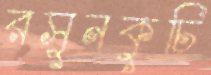
রসুনকুচি